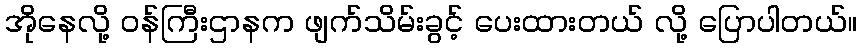
အိုနေလို့ ဝန်ကြီးဌာနက ဖျက်သိမ်းခွင့် ပေးထားတယ် လို့ ပြောပါတယ်။